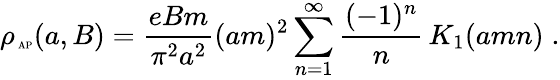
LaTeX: \rho_{\mathrm{\tiny~AP}}(a,B)={\frac{eBm}{\pi^{2}a^{2}}}(am)^{2}\sum_{n=1}^{\infty}{\frac{(-1)^{n}}{n}}\, K_{1}(amn)\; .